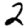
Digit: 2